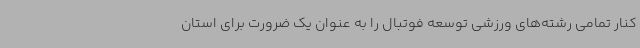
کنار تمامی رشته‌های ورزشی توسعه فوتبال را به عنوان یک ضرورت برای استان